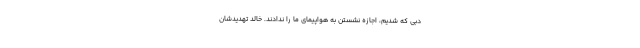
دبی ‌که شدیم، اجازه نشستن به هواپیمای ما را ندادند. خالد تهدیدشان